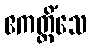
ဧကတ္တိံသေ